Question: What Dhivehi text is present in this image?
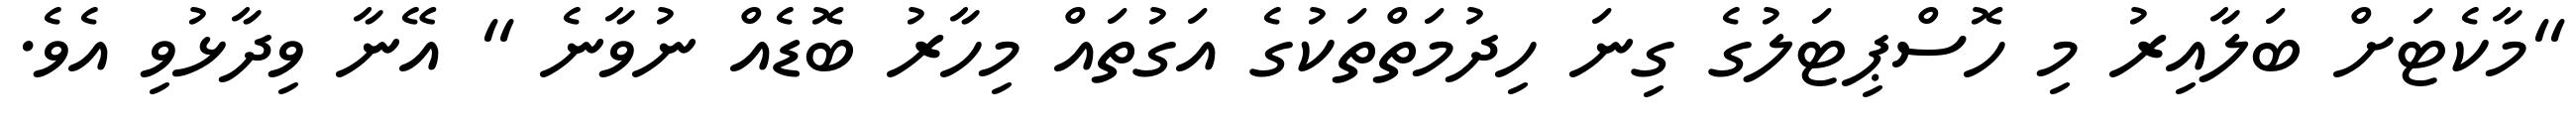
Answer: "މާކެޓަށް ބަލާއިރު މި ހޮސްޕިޓަލުގެ ގިނަ ހިދުމަތްތަކުގެ އަގުތައް މިހާރު ބޮޑެއް ނުވާނެ " އޭނާ ވިދާޅުވި އެވެ.